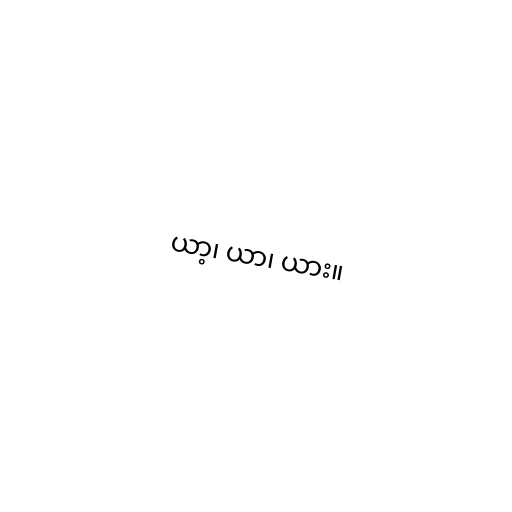
ယာ့၊ ယာ၊ ယား။